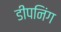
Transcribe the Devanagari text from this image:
डीपनिंग